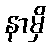
နာမှိ